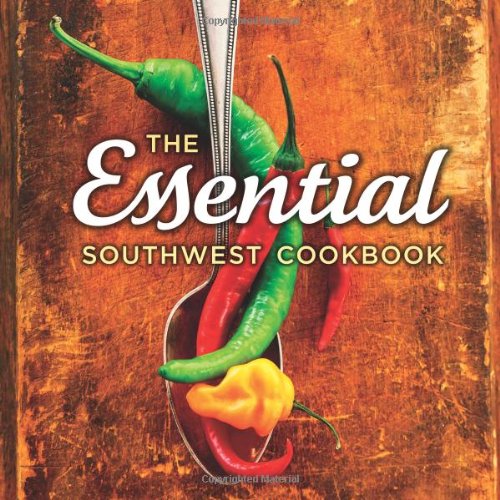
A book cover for The Essential Southwest Cookbook; Various; Cookbooks, Food & Wine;